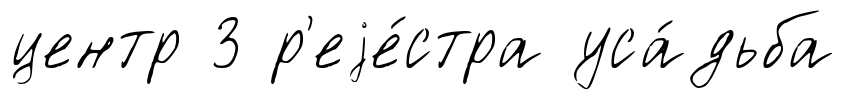
центр 3 р'еjе́стра уса́дьба